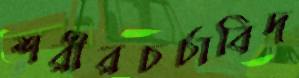
শরীরচর্চাবিদ